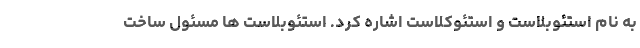
به نام استئوبلاست و استئوکلاست اشاره کرد. استئوبلاست ها مسئول ساخت